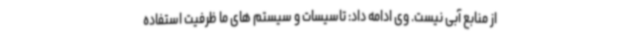
از منابع آبی نیست. وی ادامه داد: تاسیسات و سیستم های ما ظرفیت استفاده